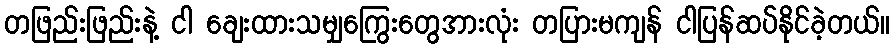
တဖြည်းဖြည်းနဲ့ ငါ ချေးထားသမျှကြွေးတွေအားလုံး တပြားမကျန် ငါပြန်ဆပ်နိုင်ခဲ့တယ်။